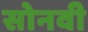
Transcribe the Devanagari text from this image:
सोनवी